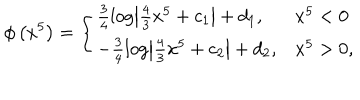
LaTeX: \phi \left( x ^ { 5 } \right) = \left\{ \begin{array} { l l } { { \frac { 3 } { 4 } \log \left| \frac { 4 } { 3 } x ^ { 5 } + c _ { 1 } \right| + d _ { 1 } , } } & { { x ^ { 5 } < 0 } } \\ { { - \frac { 3 } { 4 } \log \left| \frac { 4 } { 3 } x ^ { 5 } + c _ { 2 } \right| + d _ { 2 } , } } & { { x ^ { 5 } > 0 , } } \\ \end{array} \right.